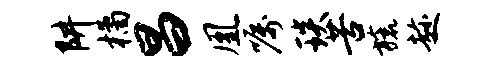
阱橘昌凰嘱琰苦旒趁